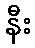
နီး